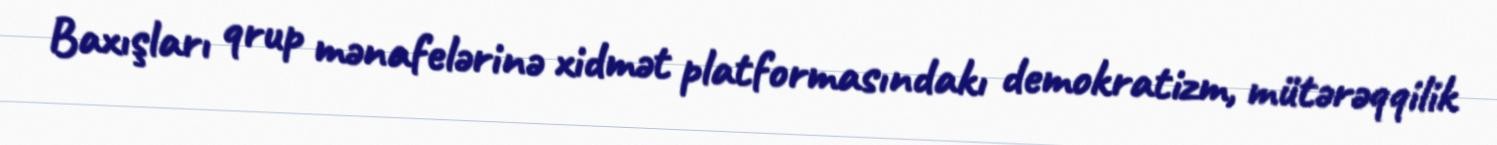
Baxışları qrup mənafelərinə xidmət platformasındakı demokratizm, mütərəqqilik